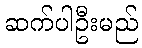
ဆက်ပါဦးမည်